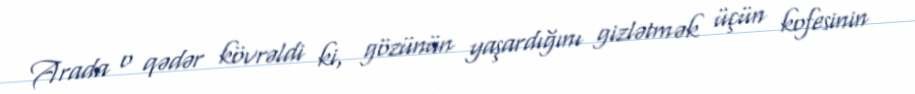
Arada o qədər kövrəldi ki, gözünün yaşardığını gizlətmək üçün kofesinin